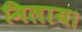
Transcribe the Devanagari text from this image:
मिलाय।